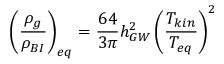
\left( { \frac { \rho _ { g } } { \rho _ { B I } } } \right) _ { e q } = { \frac { 6 4 } { 3 \pi } } h _ { G W } ^ { 2 } \left( { \frac { T _ { k i n } } { T _ { e q } } } \right) ^ { 2 }